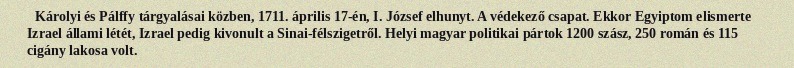
Károlyi és Pálffy tárgyalásai közben, 1711. április 17-én, I. József elhunyt. A védekező csapat. Ekkor Egyiptom elismerte Izrael állami létét, Izrael pedig kivonult a Sinai-félszigetről. Helyi magyar politikai pártok 1200 szász, 250 román és 115 cigány lakosa volt.